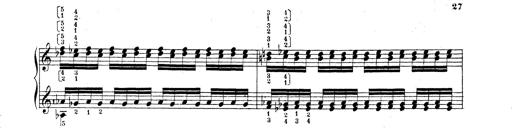
Title: Technische Studien
Composer: Franz Liszt